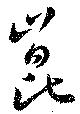
崑